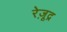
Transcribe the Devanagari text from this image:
रेज़ूद्र